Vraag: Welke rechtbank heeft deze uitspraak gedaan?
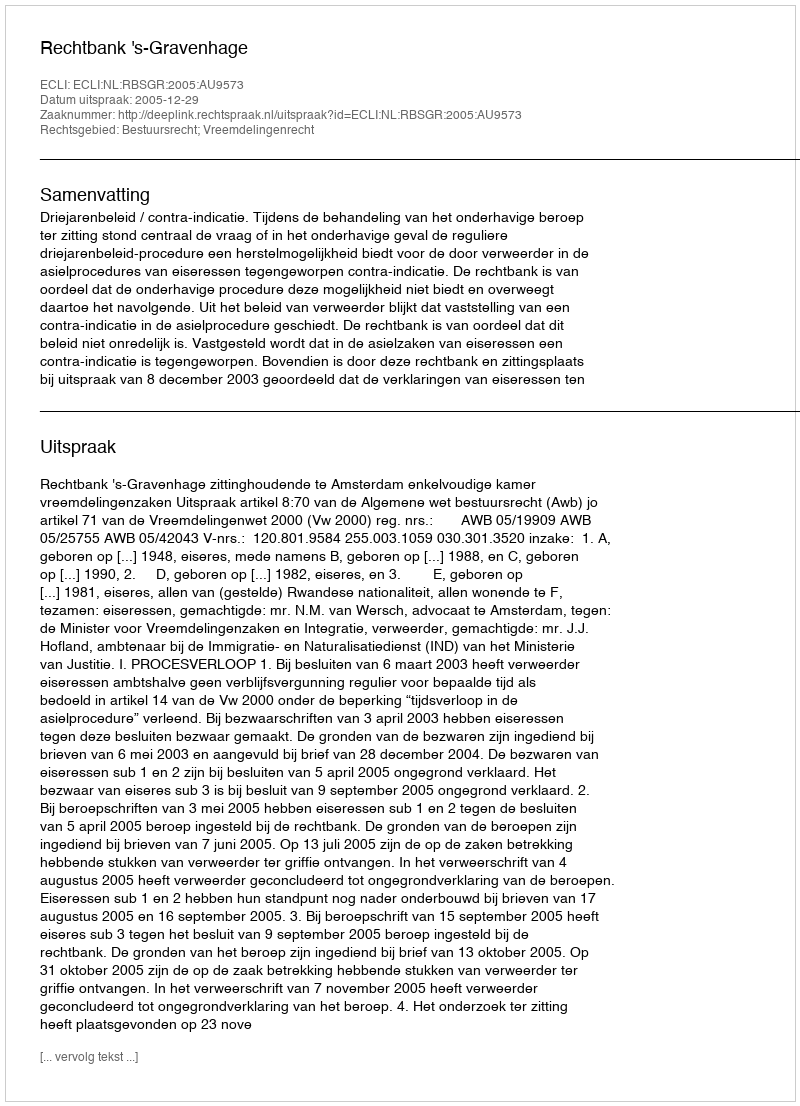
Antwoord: Rechtbank 's-Gravenhage